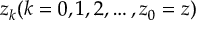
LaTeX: z _ { k } ( k = 0 , 1 , 2 , \dots , z _ { 0 } = z )